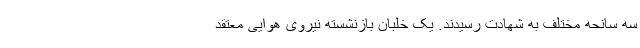
سه سانحه مختلف به شهادت رسیدند. یک خلبان بازنشسته نیروی هوایی معتقد